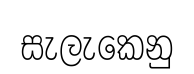
සැලැකෙනු